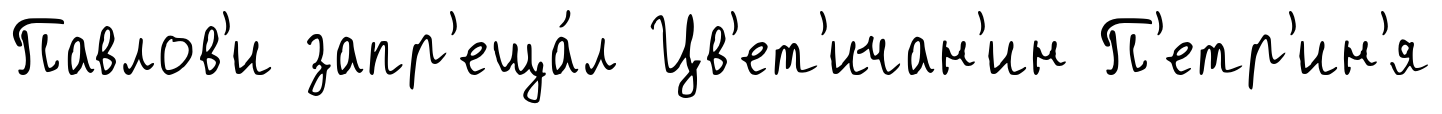
Павлов'и запр'еща́л Цв'ет'ичан'ин П'етр'ин'я